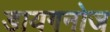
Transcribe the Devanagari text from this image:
डायगनोज